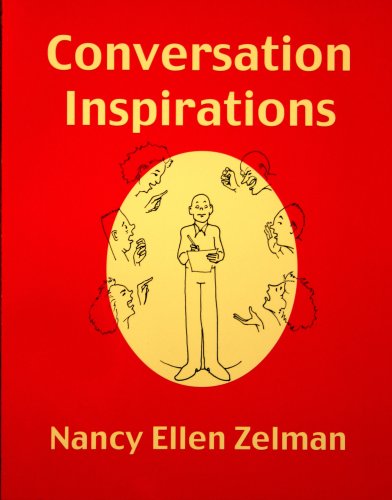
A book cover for Conversation Inspirations: Over 2400 Conversation Topics; Nancy Ellen Zelman; Reference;